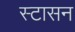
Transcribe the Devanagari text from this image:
स्टासन